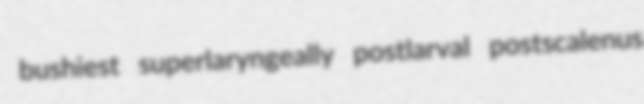
bushiest superlaryngeally postlarval postscalenus